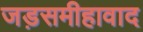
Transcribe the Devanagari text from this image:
जड़समीहावाद